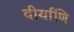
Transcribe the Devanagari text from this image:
वीर्याणि